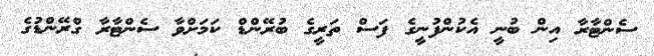
ސެންޓާރާ އިން ބުނީ އެކުންފުނީގެ ފަސް ތަރީގެ ބުރޭންޑް ކަމަށްވާ ސެންޓާރާ ގްރޭންޑުގެ